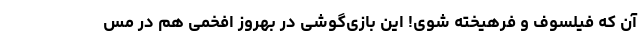
آن که فیلسوف و فرهیخته شوی! این بازی‌گوشی در بهروز افخمی هم در مس